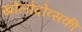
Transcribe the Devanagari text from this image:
खोलोदोव्सकी